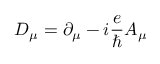
D _ { \mu } = \partial _ { \mu } - i { \frac { e } { \hbar } } A _ { \mu }